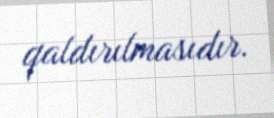
qaldırılmasıdır.